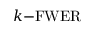
k { \mathrm { - F W E R } }